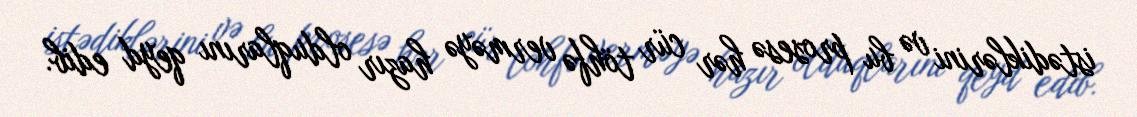
istədiklərini və bu prosesə hər cür töhfə verməyə hazır olduqlarını qeyd edib.